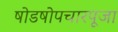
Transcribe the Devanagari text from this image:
षोडषोपचारपूजा